Vaccine operations Central Provinces 1868-1885 - 1868-1885
Year: 1868
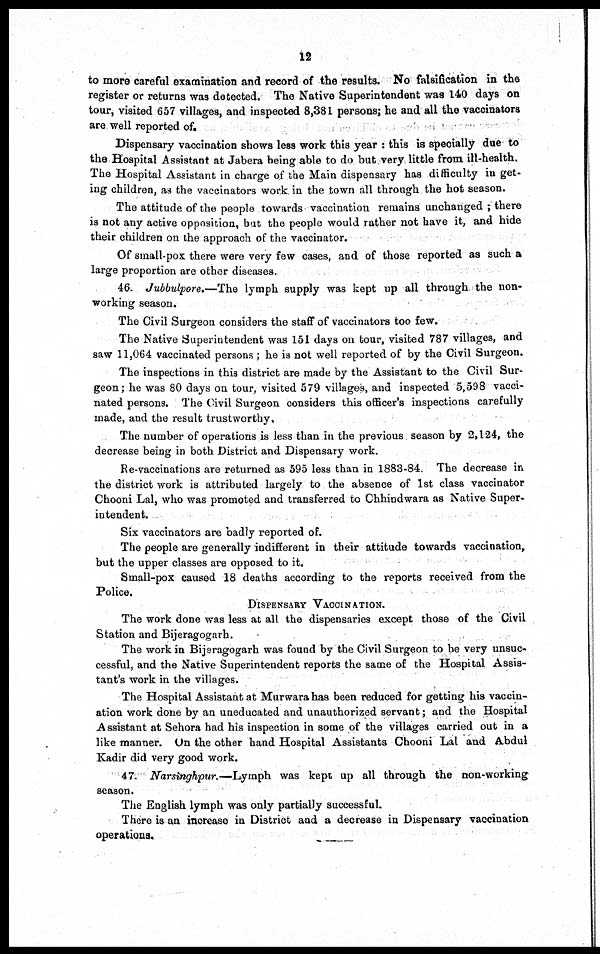
12
to more careful examination and record of the results. No falsification in the
register or returns was detected. The Native Superintendent was 140 days on
tour, visited 657 villages, and inspected 8,381 persons; he and all the vaccinators
are well reported of.
Dispensary vaccination shows less work this year : this is specially due to
the Hospital Assistant at Jabera being able to do but very little from ill-health.
The Hospital Assistant in charge of the Main dispensary has difficulty in get-
ing children, as the vaccinators work in the town all through the hot season.
The attitude of the people towards vaccination remains unchanged ; there
is not any active opposition, but the people would rather not have it, and hide
their children on the approach of the vaccinator.
Of small-pox there were very few cases, and of those reported as such a
large proportion are other diseases.
46. Jubbulpore.—The lymph supply was kept up all through the non-
working season.
The Civil Surgeon considers the staff of vaccinators too few.
The Native Superintendent was 151 days on tour, visited 787 villages, and
saw 11,064 vaccinated persons ; he is not well reported of by the Civil Surgeon.
The inspections in this district are made by the Assistant to the Civil Sur-
geon; he was 80 days on tour, visited 579 villages, and inspected 5,598 vacci-
nated persons. The Civil Surgeon considers this officer's inspections carefully
made, and the result trustworthy.
The number of operations is less than in the previous season by 2,124, the
decrease being in both District and Dispensary work.
Re-vaccinations are returned as 595 less than in 1883-84. The decrease in
the district work is attributed largely to the absence of 1st class vaccinator
Chooni Lal, who was promoted and transferred to Chhindwara as Native Super-
intendent.
Six vaccinators are badly reported of.
The people are generally indifferent in their attitude towards vaccination,
but the upper classes are opposed to it.
Small-pox caused 18 deaths according to the reports received from the
Police.
DISPENSARY VACCINATION.
The work done was less at all the dispensaries except those of the Civil
Station and Bijeragogarh.
The work in Bijeragogarh was found by the Civil Surgeon to be very unsuc-
cessful, and the Native Superintendent reports the same of the Hospital Assis-
tant's work in the villages.
The Hospital Assistant at Murwara has been reduced for getting his vaccin-
ation work done by an uneducated and unauthorized servant; and the Hospital
Assistant at Sehora had his inspection in some of the villages carried out in a
like manner. On the other hand Hospital Assistants Chooni Lal and Abdul
Kadir did very good work.
47. Narsinghpur.—Lymph
was kept up all through the non-working
season.
The English lymph was only partially successful.
There is an increase in District and a decrease in Dispensary vaccination
operations.